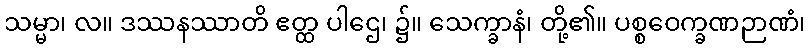
သမ္မာ၊ လ။ ဒဿနဿာတိ ဧတ္ထ ပါဌေ၊ ၌။ သေက္ခာနံ၊ တို့၏။ ပစ္စဝေက္ခဏဉာဏံ၊